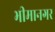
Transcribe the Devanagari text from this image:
भीमानगर